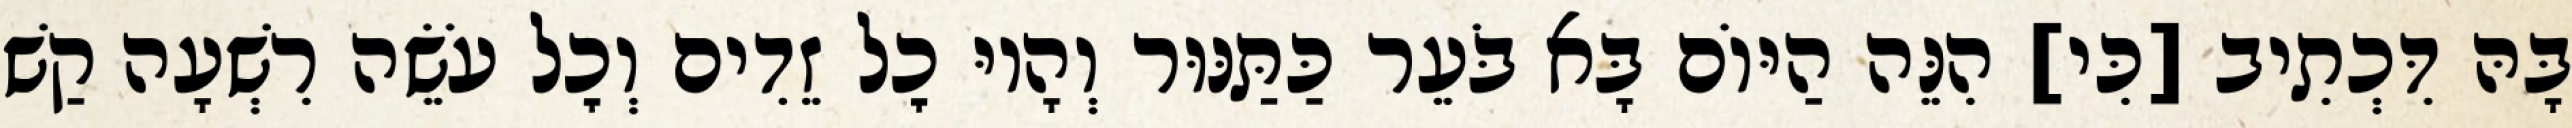
בָּהּ דִּכְתִיב [כִּי] הִנֵּה הַיּוֹם בָּא בֹּעֵר כַּתַּנּוּר וְהָיוּ כׇל זֵדִים וְכׇל עֹשֵׂה רִשְׁעָה קַשׁ